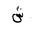
Letter: _shin